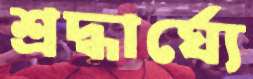
শ্রদ্ধার্ঘ্যে